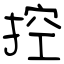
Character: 控